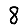
Digit: 8